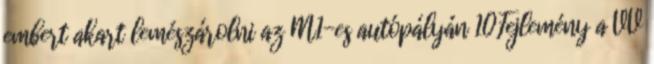
embert akart lemészárolni az M1-es autópályán 10Fejlemény a VV